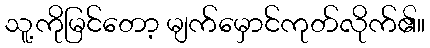
သူ့ကိုမြင်တော့ မျက်မှောင်ကုတ်လိုက်၏။